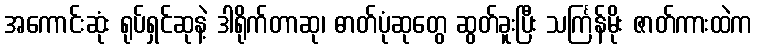
အကောင်းဆုံး ရုပ်ရှင်ဆုနဲ့ ဒါရိုက်တာဆု၊ ဓာတ်ပုံဆုတွေ ဆွတ်ခူးပြီး သင်္ကြန်မိုး ဇာတ်ကားထဲက